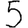
Digit: 5